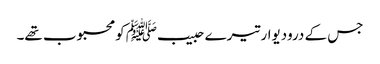
جس کے درودیوار تیرے حبیبﷺ کو محبوب تھے۔